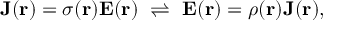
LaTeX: \mathbf { J } ( \mathbf { r } ) = \sigma ( \mathbf { r } ) \mathbf { E } ( \mathbf { r } ) \, \, \rightleftharpoons \, \, \mathbf { E } ( \mathbf { r } ) = \rho ( \mathbf { r } ) \mathbf { J } ( \mathbf { r } ) , \,